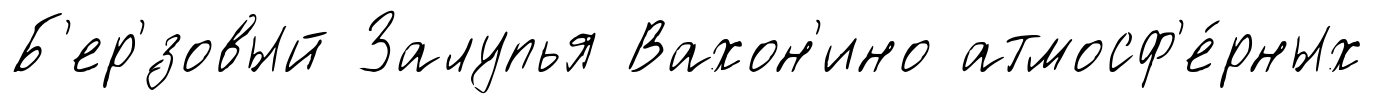
Б'ер'́зовый Залупья Вахон'ино атмосф'е́рных